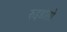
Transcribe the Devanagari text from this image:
रुइडोसो